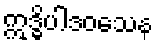
ဣဒ္ဓိပါဒဝသေန